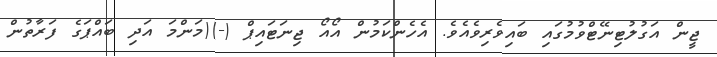
ޖީން އަގުލުޓިނޭޓްވުމުގައި ބައިވެރިވެއެވެ. އެހެންކަމުން އޯއޯ ޖިނަޓައިޕް (-)(މަންމަ އަދި ބައްޕަގެ ފަރާތުން